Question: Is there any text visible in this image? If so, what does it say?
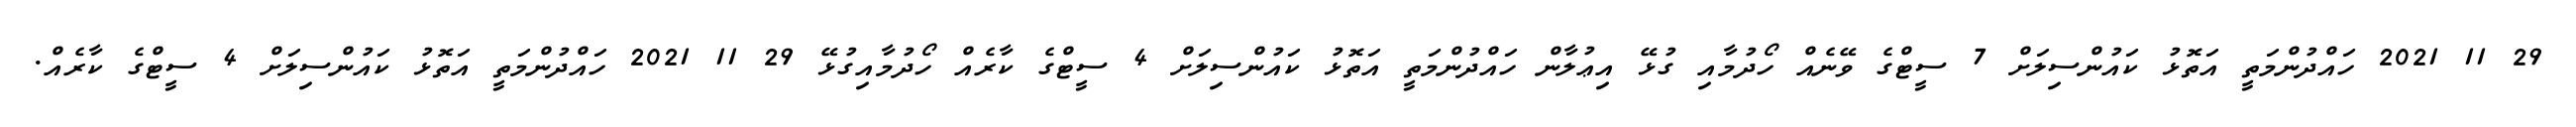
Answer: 29 11 2021 ހައްދުންމަތީ އަތޮޅު ކައުންސިލަށް 7 ސީޓްގެ ވޭނެއް ހޯދުމާއި ގުޅޭ އިޢުލާން ހައްދުންމަތީ އަތޮޅު ކައުންސިލަށް 4 ސީޓްގެ ކާރެއް ހޯދުމާއިގުޅޭ 29 11 2021 ހައްދުންމަތީ އަތޮޅު ކައުންސިލަށް 4 ސީޓްގެ ކާރެއް.